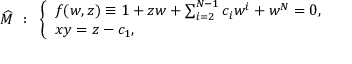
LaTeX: \widehat { { \cal M } } ~ : ~ \left\{ \begin{array} { l } { { f ( w , z ) \equiv 1 + z w + \sum _ { i = 2 } ^ { N - 1 } c _ { i } w ^ { i } + w ^ { N } = 0 , } } \\ { { x y = z - c _ { 1 } , } } \end{array} \right.